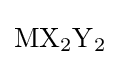
{\mathrm {MX} {\vphantom {A}}_{\smash[{t}]{2}}\mathrm {Y} {\vphantom {A}}_{\smash[{t}]{2}}}